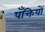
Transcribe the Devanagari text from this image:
पँक्तियों